Note on elephants in Burma, with a description of their equipment
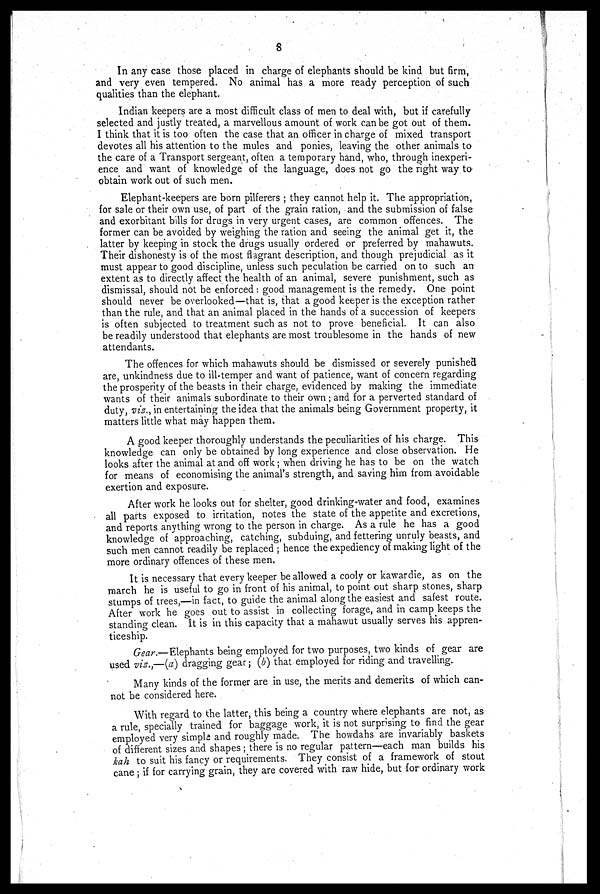
8
In any case those placed in charge of elephants should be kind but firm,
and very even tempered. No animal has a more ready perception of such
qualities than the elephant.
Indian keepers are a most difficult class of men to deal with, but if carefully
selected and justly treated, a marvellous amount of work can be got out of them
I think that it is too often the case that an officer in charge of mixed transport
devotes all his attention to the mules and ponies, leaving the other animals to
the care of a Transport sergeant, often a temporary hand, who, through inexperi-
ence and want of knowledge of the language, does not go the right way to
obtain work out of such men.
Elephant-keepers are born pilferers ; they cannot help it. The appropriation,
for sale or their own use, of part of the grain ration, and the submission of false
and exorbitant bills for drugs in very urgent cases, are common offences. The
former can be avoided by weighing the ration and seeing the animal get it, the
latter by keeping in stock the drugs usually ordered or preferred by mahawuts.
Their dishonesty is of the most flagrant description, and though prejudicial as it
must appear to good discipline, unless such peculation be carried on to such an
extent as to directly affect the health of an animal, severe punishment, such as
dismissal, should not be enforced: good management is the remedy. One point
should never be overlooked—that is, that a good keeper is the exception rather
than the rule, and that an animal placed in the hands of a succession of keepers
is often subjected to treatment such as not to prove beneficial. It can also
be readily understood that elephants are most troublesome in the hands of new
attendants.
The offences for which mahawuts should be dismissed or severely punished
are, unkindness due to ill-temper and want of patience, want of concern regarding
the prosperity of the beasts in their charge, evidenced by making the immediate
wants of their animals subordinate to their own ; and for a perverted standard of
duty, viz., in entertaining the idea that the animals being Government property, it
matters little what may happen them.
A good keeper thoroughly understands the peculiarities of his charge. This
knowledge can only be obtained by long experience and close observation. He
looks after the animal at and off work ; when driving he has to be on the watch
for means of economising the animal's strength, and saving him from avoidable
exertion and exposure.
After work he looks out for shelter, good drinking-water and food, examines
all parts exposed to irritation, notes the state of the appetite and excretions,
and reports anything wrong to the person in charge. As a rule he has a good
knowledge of approaching, catching, subduing, and fettering unruly beasts, and
such men cannot readily be replaced ; hence the expediency of making light of the
more ordinary offences of these men.
It is necessary that every keeper be allowed a cooly or kawardie, as on the
march he is useful to go in front of his animal, to point out sharp stones, sharp
stumps of trees,—in fact, to guide the animal along the easiest and safest route.
After work he goes out to assist in collecting forage, and in camp keeps the
standing clean. It is in this capacity that a mahawut usually serves his appren-
ticeship.
Gear.— Elephants being employed for two purposes, two kinds of gear are
used vis.,—(a) dragging gear; (b) that employed for riding and travelling.
Many kinds of the former are in use, the merits and demerits of which can-
not be considered here.
With regard to the latter, this being a country where elephants are not, as
a rule, specially trained for baggage work, it is not surprising to find the gear
employed very simple and roughly made. The howdahs are invariably baskets
of different sizes and shapes ; there is no regular pattern—each man builds his
kah to suit his fancy or requirements. They consist of a framework of stout
cane ; if for carrying grain, they are covered with raw hide, but for ordinary work